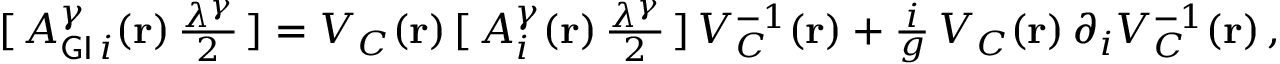
[ \, A _ { { \sf G I } \, i } ^ { { \gamma } } ( { \bf { r } } ) \, { \textstyle \frac { { \lambda } ^ { \gamma } } { 2 } } \, ] = V _ { \cal { C } } ( { \bf { r } } ) \, [ \, A _ { i } ^ { \gamma } ( { \bf { r } } ) \, { \textstyle \frac { \lambda ^ { \gamma } } { 2 } } \, ] \, V _ { \cal { C } } ^ { - 1 } ( { \bf { r } } ) + { \textstyle \frac { i } { g } } \, V _ { \cal { C } } ( { \bf { r } } ) \, \partial _ { i } V _ { \cal { C } } ^ { - 1 } ( { \bf { r } } ) \, ,